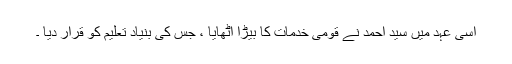
اسی عہد میں سید احمد نے قومی خدمات کا بیڑا اٹھایا ، جس کی بنیاد تعلیم کو قرار دیا ۔